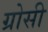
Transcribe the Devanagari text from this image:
ग्रोसी